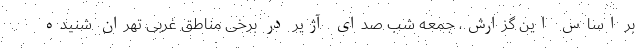
بر اساس این گزارش، جمعه شب صدای آژیر در برخی مناطق غربی تهران شنیده